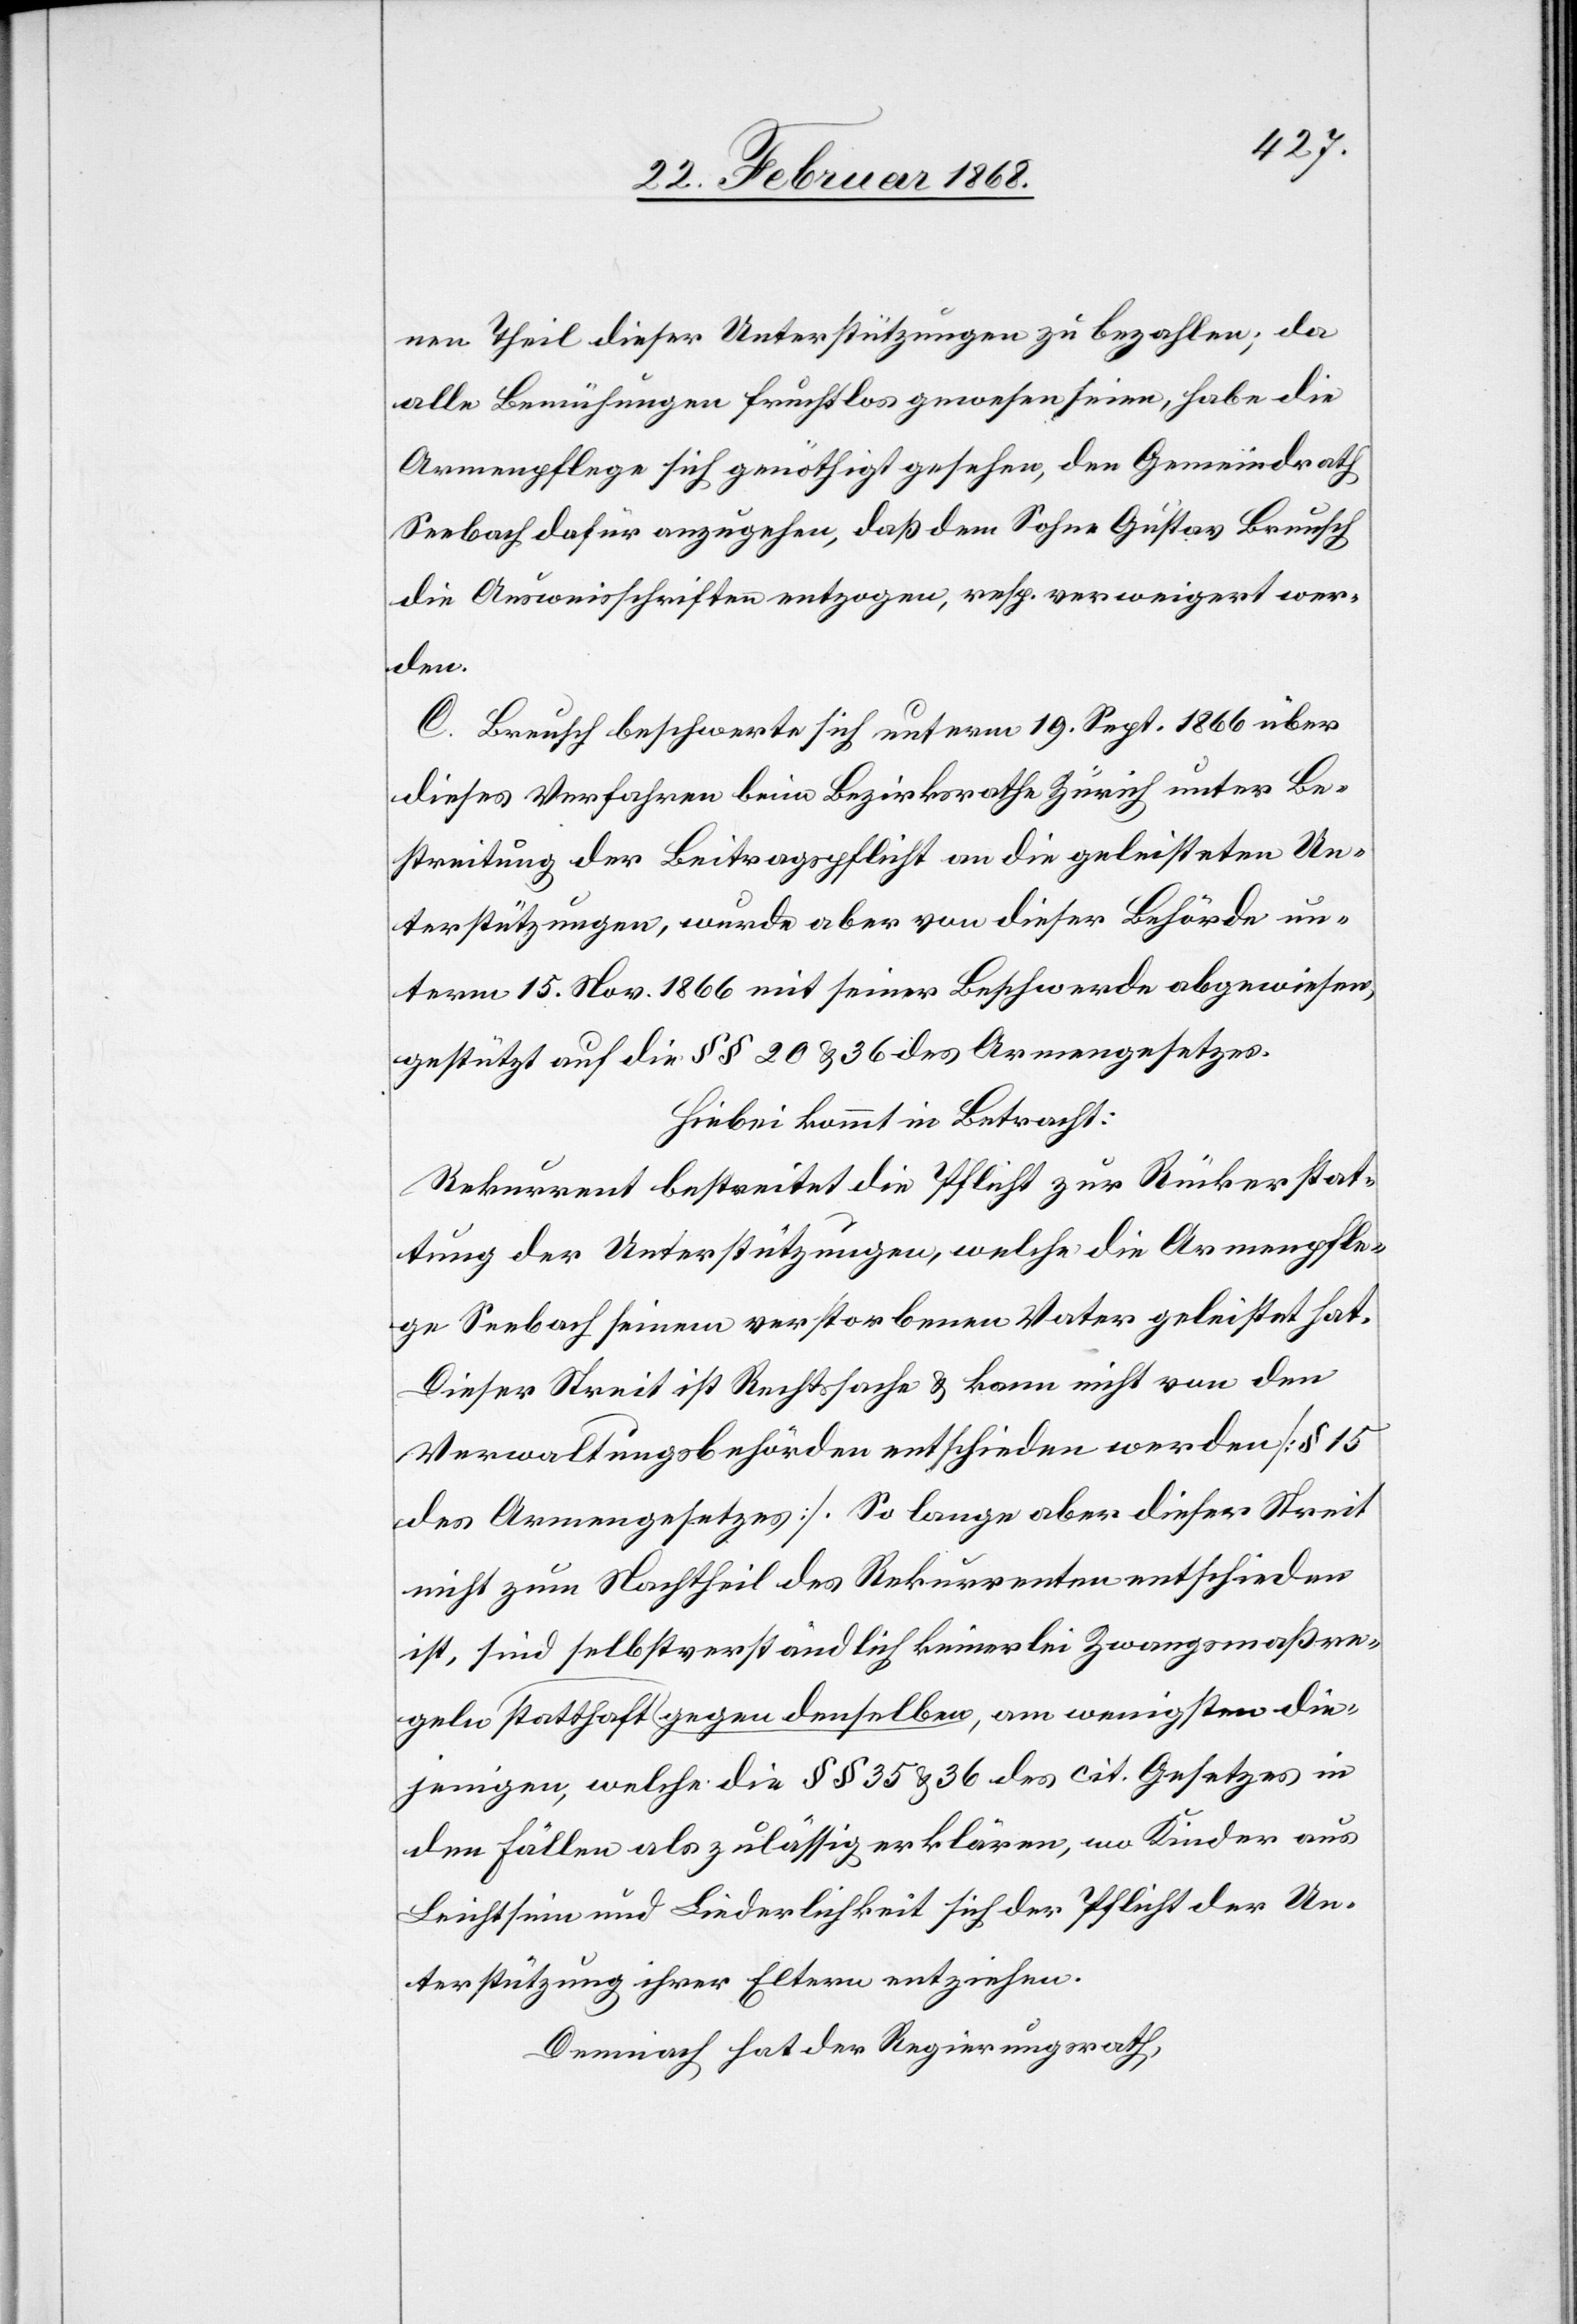
nen Theil dieser Unterstützungen zu bezahlen; da
alle Bemühungen fruchtlos gewesen seien, habe die
Armenpflege sich genöthigt gesehen, den Gemeindrath
Seebach dafür anzugehen, daß dem Sohne Gustav Breusch
die Ausweisschriften entzogen, resp. verweigert wer¬
die¬
C. Breusch beschwerte sich unterm 19. Sept. 1866 über
dieses Verfahren beim Bezirksrathe Zürich unter Be¬
streitung der Beitragspflicht an die geleisteten Un¬
terstützungen, wurde aber von dieser Behörde un¬
term 15. Nov. 1866 mit seiner Beschwerde abgewiesen,
gestützt auf die §§ 20 & 36 des Armengesetzes.
Hiebei kommt in Betracht:
Rekurrent bestreitet die Pflicht zur Rückerstat¬
tung der Unterstützungen, welche die Armenpfle¬
ge Seebach seinem verstorbenen Vater geleistet hat.
Dieser Streit ist Rechtssache & kann nicht von den
Verwaltungsbehörden entschieden werden [§ 15
des Armengesetzes]. So lange aber dieser Streit
nicht zum Nachtheil des Rekurrenten entschieden
ist, sind selbstverständlich keinerlei Zwangsmaßre¬
jenigen, welche die §§ 35 & 36 des cit. Gesetzes in
den Fällen als zulässig erklären, wo Kinder aus
Leichtsinn und Liederlichkeit sich der Pflicht der Un¬
terstützung ihrer Eltern entziehen.
Demnach hat der Regierungsrath,